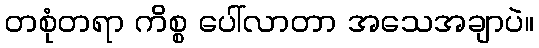
တစုံတရာ ကိစ္စ ပေါ်လာတာ အသေအချာပဲ။